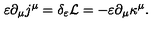
\varepsilon \partial _ { \mu } j ^ { \mu } = \delta _ { \varepsilon } { \cal { L } } = - \varepsilon \partial _ { \mu } \kappa ^ { \mu } .